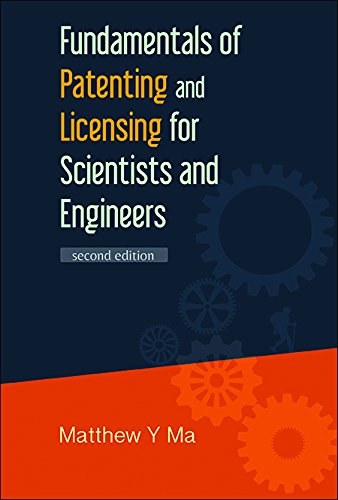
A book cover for Fundamentals of Patenting and Licensing for Scientists and Engineers (2nd Edition); Matthew Y Ma; Business & Money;